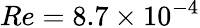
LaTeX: Re=8.7\times 10^{-4}